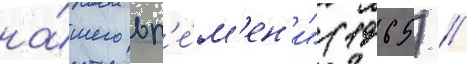
на́шего вр'е́м'ен'и" (1965) //